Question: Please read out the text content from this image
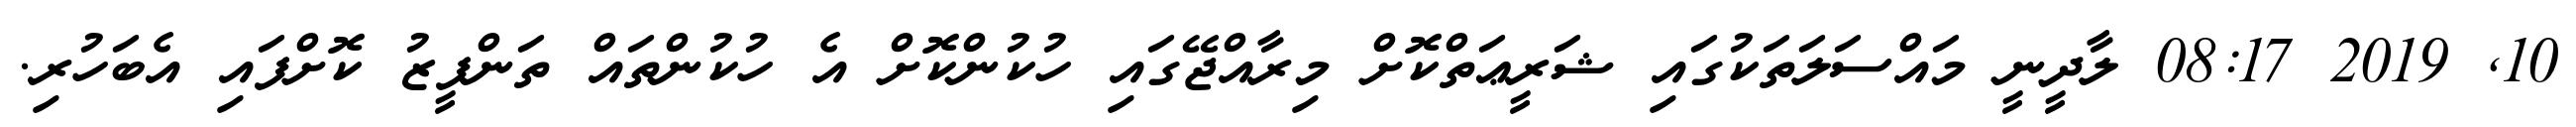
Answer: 10, 2019 08:17 ލާދީނީ މައްސަލަތަކުގައި ޝަރީޢަތްކޮށް މިރާއްޖޭގައި ހުކުންކޮށް އެ ހުކުންތައް ތަންފީޒު ކޮށްފައި އެބަހުރި.